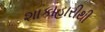
શાકાહારીથી